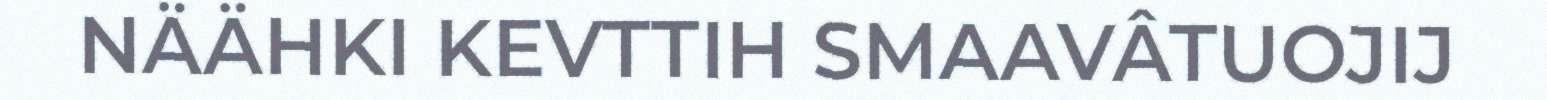
NÄÄHKI KEVTTIH SMAAVÂTUOJIJ